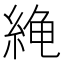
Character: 𫃧